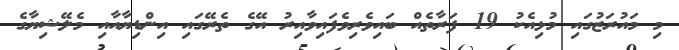
މި މައުރަޒުގައި މުޅިއެކު 19 ފަރާތެއް ބައިވެރިވެފައިވާއިރު އޭގެ ތެރޭގައި އިންޑިޔާއާއި މެލޭޝިޔާގެ